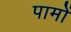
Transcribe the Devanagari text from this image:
पामों